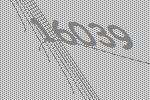
16039